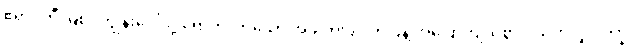
ဧရာဝတီ မြစ်ဝကျွန်းပေါ်သို့ ရောက်လာသော အခါတပြင် တပြန့် အပြောကျယ်စွာ ဂယက်လှိုင်း ကြွ